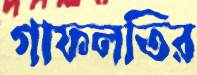
গাফলতির